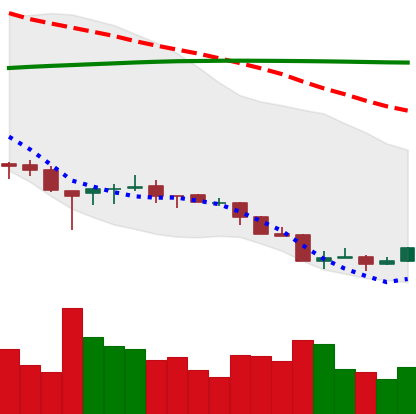
Ticker: ETH-USD
Chart end date: 2018-04-03
Forward return: -3.93%
Label: down_3_5